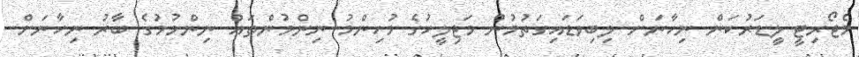
މެޖޯރިޓީ ލީޑަރުކަން ނިހާނަށް ލިބިވަޑައިގަތުމުން މަޖިލީހުގެ މުހިންމު ނިންމުންތައް ނިންމުމުގެ ބާރު ނިހާނަށް